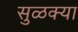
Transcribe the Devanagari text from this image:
सुळक्या